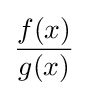
{\frac {f(x)}{g(x)}}